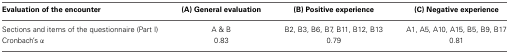
<table><thead><tr><td><b>Evaluation of the encounter</b></td><td><b>(A) General evaluation</b></td><td><b>(B) Positive experience</b></td><td><b>(C) Negative experience</b></td></tr></thead><tbody><tr><td>Sections and items of the questionnaire (Part I)</td><td>A &amp; B</td><td>B2, B3, B6, B7, B11, B12, B13</td><td>A1, A5, A10, A15, B5, B9, B17</td></tr><tr><td>Cronbach&#x27;s α</td><td>0.83</td><td>0.79</td><td>0.81</td></tr></tbody></table>